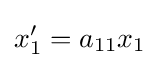
x_{1}'=a_{11}x_{1}